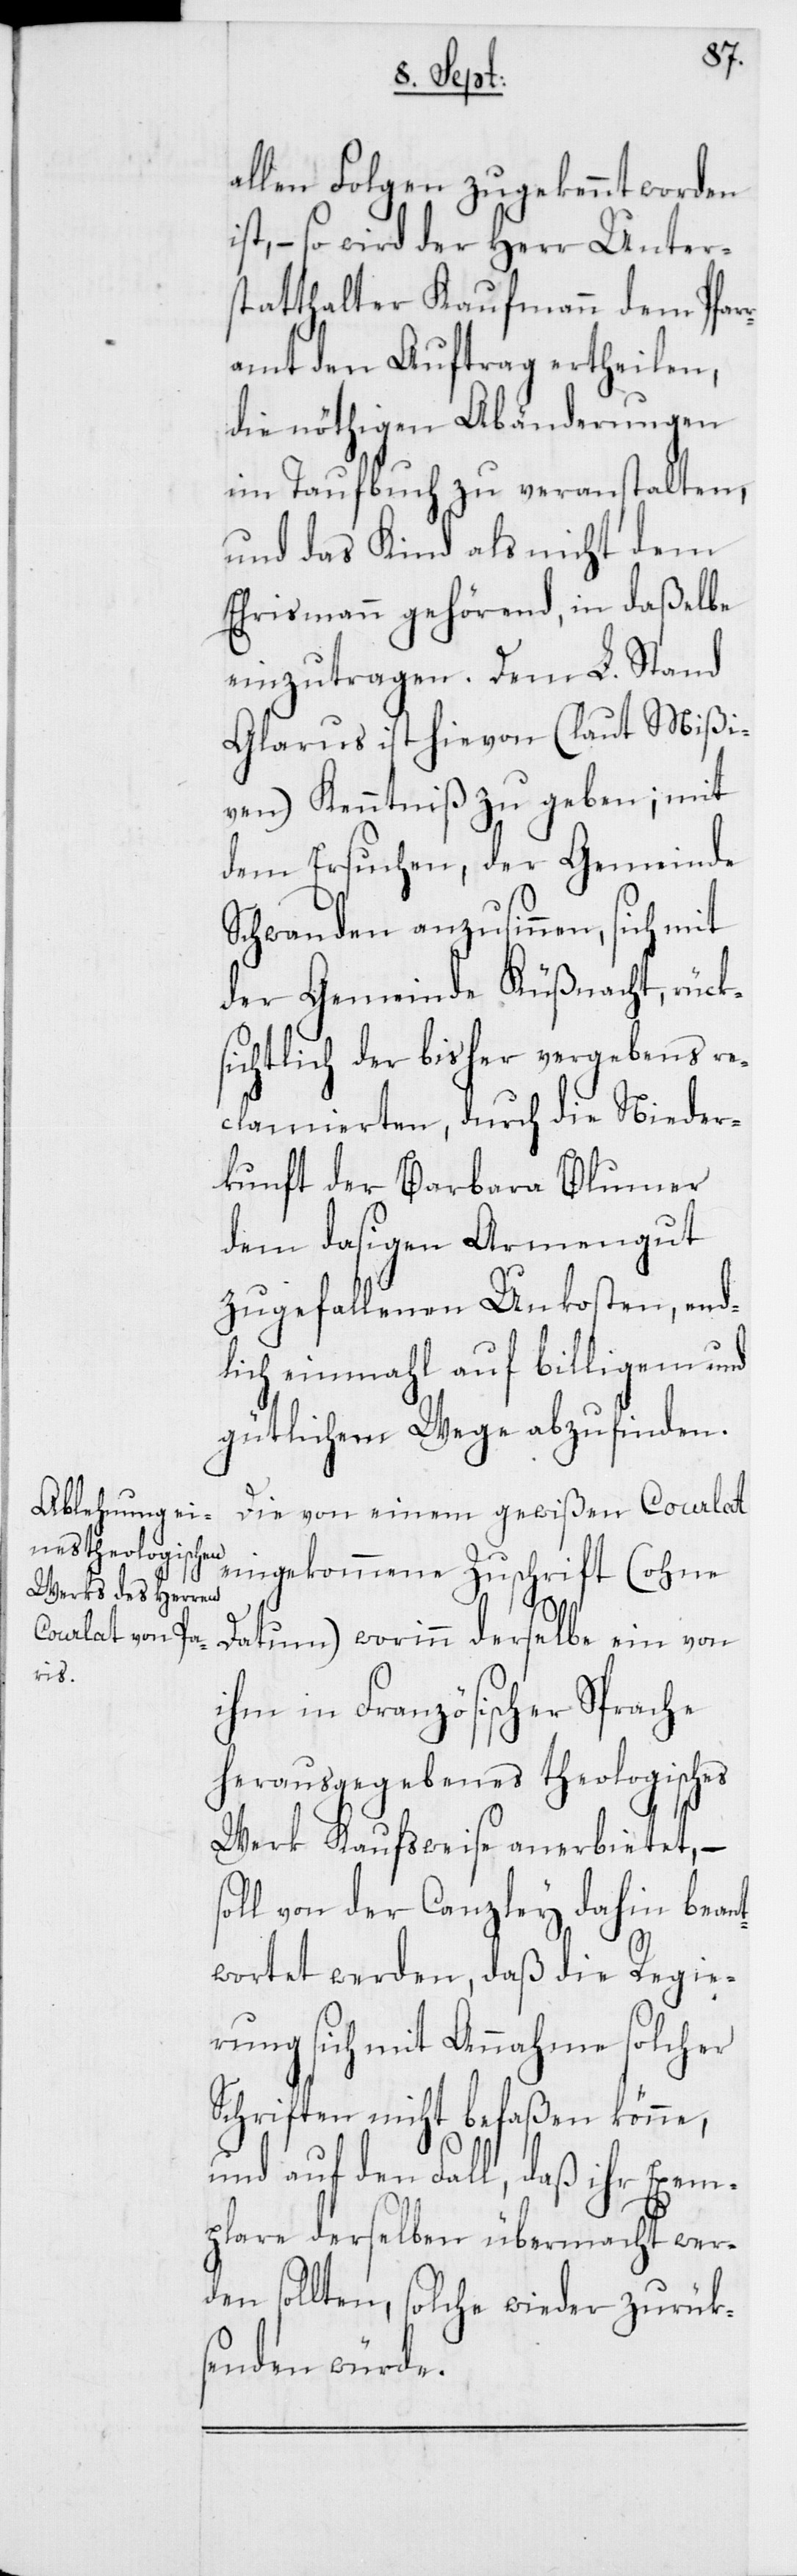
allen Folgen zugekennt worden
st, – so wird der Herr Unters¬
tatthalter Kaufmann dem Pfar¬
ramt den Auftrag ertheilen,
die nöthigen Abänderungen
im Taufbuch zu veranstalten,
und das Kind als nicht dem
Ehrismann gehörend, in daßelbe
Glarus ist hievon (laut Mißi¬
ven) Kenntniß zu geben; mit
dem Ersuchen, der Gemeinde
Schwanden anzusinnen, sich mit
der Gemeinde Küßnacht, rück¬
sichtlich der bisher vergebens re¬
clamierten, durch die Nieder¬
kunft der Barbara Blumer
dem dasigen Armengut
zugefallenen Unkosten, end¬
lich einmahl auf billigem und
gütlichem Wege abzufinden.
Die von einem gewißen Courlat
eingekommene Zuschrift (ohne
t¬
Datum), worinn derselbe ein von
ihm in Französischer Sprache
herausgegebenes theologisches
Werk Kaufsweise anerbietet, –
soll von der Canzley dahin bean¬
wortet werden, daß die Regie¬
rung sich mit Annahme solcher
Schriften nicht befaßen könne,
und auf den Fall, daß ihr Exem¬
plare derselben übermacht wer¬
den sollten, solche wieder zurück¬
senden würde.